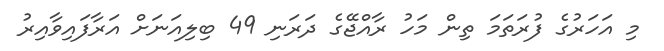
މި އަހަރުގެ ފުރަތަމަ ތިން މަހު ރާއްޖޭގެ ދަރަނި 49 ބިލިއަނަށް އަރާފައިވާއިރު